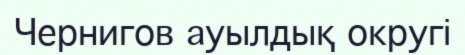
Чернигов ауылдық округі